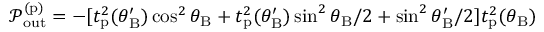
\mathcal { P } _ { \mathrm { o u t } } ^ { ( \mathrm { p } ) } = - [ t _ { \mathrm { p } } ^ { 2 } ( \theta _ { \mathrm { B } } ^ { \prime } ) \cos ^ { 2 } \theta _ { \mathrm { B } } + t _ { \mathrm { p } } ^ { 2 } ( \theta _ { \mathrm { B } } ^ { \prime } ) \sin ^ { 2 } \theta _ { \mathrm { B } } / 2 + \sin ^ { 2 } \theta _ { \mathrm { B } } ^ { \prime } / 2 ] t _ { \mathrm { p } } ^ { 2 } ( \theta _ { \mathrm { B } } )